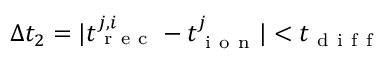
\Delta t _ { 2 } = | t _ { \mathrm { ~ r ~ e ~ c ~ } } ^ { j , i } - t _ { \mathrm { ~ i ~ o ~ n ~ } } ^ { j } | < t _ { \mathrm { ~ d ~ i ~ f ~ f ~ } }